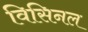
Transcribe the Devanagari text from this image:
विसिनल